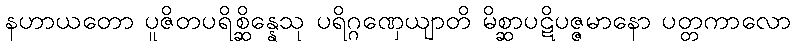
နဟာယတော ပူဇိတပရိစ္ဆိန္နေသု ပရိဂ္ဂဏှေယျာတိ မိစ္ဆာပဋိပဇ္ဇမာနော ပတ္တကာလော